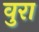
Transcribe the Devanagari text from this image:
वुरा